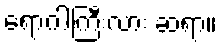
ရောဂါကြီးလား ဆရာ။